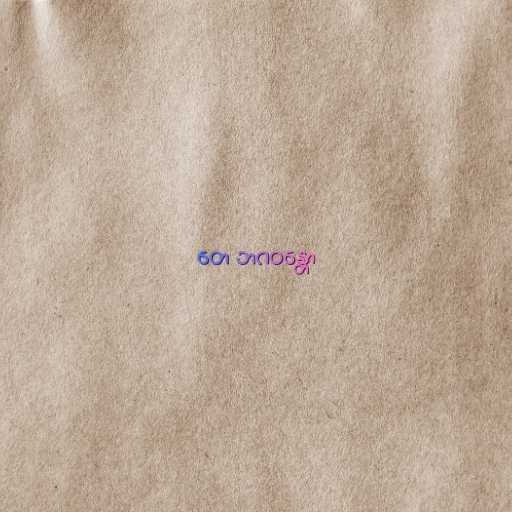
တေ ဘဂဝန္တော